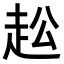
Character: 𧺭